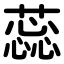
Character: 蕊